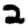
Digit: 2